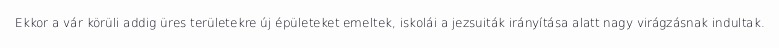
Ekkor a vár körüli addig üres területekre új épületeket emeltek, iskolái a jezsuiták irányítása alatt nagy virágzásnak indultak.